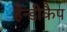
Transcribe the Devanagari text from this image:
हैन्डीकैप